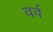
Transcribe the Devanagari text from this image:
वर्व